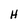
Character: H